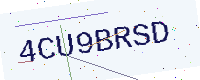
Text: 4CU9BRSD